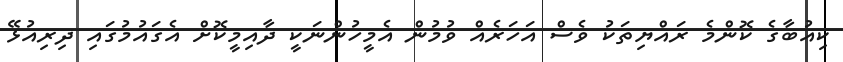
ކިއުބާގެ ކޮންމެ ރައްޔިތަކު ވެސް އަހަރެއް ވުމުން އެމީހުންނަކީ ދާއިމީކޮށް އެގައުމުގައި ދިރިއުޅޭ